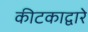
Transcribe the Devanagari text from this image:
कीटकाद्वारे